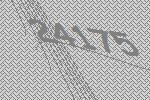
24175